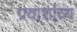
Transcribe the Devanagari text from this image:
प्रवाशांच्य